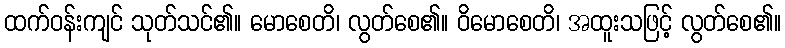
ထက်ဝန်းကျင် သုတ်သင်၏။ မောစေတိ၊ လွတ်စေ၏။ ဝိမောစေတိ၊ အထူးသဖြင့် လွတ်စေ၏။